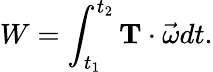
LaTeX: W=\int_{t_{1}}^{t_{2}}\mathbf{T}\cdot{\vec{\omega}}dt.